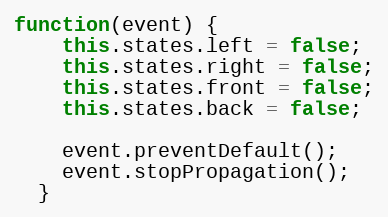
Language: JavaScript
function(event) {
    this.states.left = false;
    this.states.right = false;
    this.states.front = false;
    this.states.back = false;

    event.preventDefault();
    event.stopPropagation();
  }